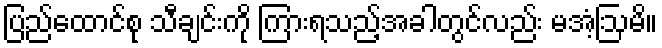
ပြည်ထောင်စု သီချင်းကို ကြားရသည့်အခါတွင်လည်း မအံ့ဩမိ။